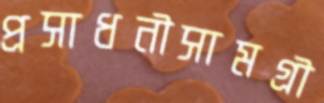
প্রসাধনীসামগ্রী